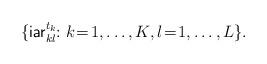
LaTeX: \begin{align*}\{{\sf iar}_{k l}^{t_k}\!\!: k \!=\! 1,\ldots,K, l \!=\! 1,\ldots,L\}.\end{align*}